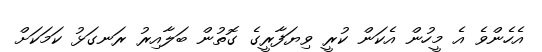
އެހެންވެ އެ މީހުން އެކަން ކުރީ ވިޔަފާރީގެ ގޮތުން ބަލާއިރު ރަނގަޅު ކަމަކަށް